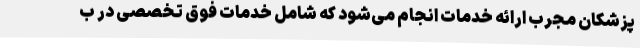
پزشکان مجرب ارائه خدمات انجام می‌شود که شامل خدمات فوق تخصصی در ب